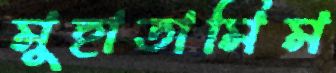
মুহাতামিম